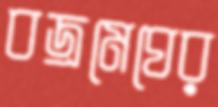
বজ্রমেঘের